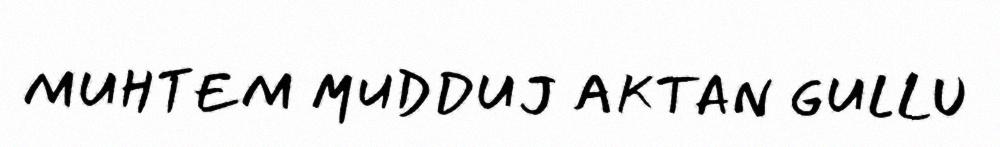
MUHTEM MUDDUJ AKTAN GULLU